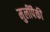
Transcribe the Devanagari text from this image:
मुलींपैकी